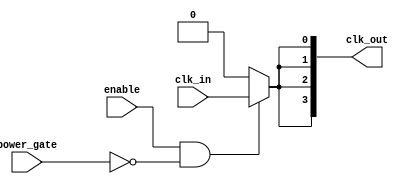
module low_power_clock_buffer (
    input wire clk_in,            // Clock input
    input wire enable,            // Enable signal for the buffer
    input wire power_gate,        // Power gating control
    output wire [N-1:0] clk_out   // Buffered clock outputs
);
    parameter N = 4;              // Number of clock outputs
    parameter STAGES = 2;         // Number of buffer stages

    // Internal signals
    wire [STAGES-1:0] clk_stage;  // Intermediate clock signals

    // Buffer stages
    genvar i;
    generate
        for (i = 0; i < STAGES; i = i + 1) begin : buffer_stage
            if (i == 0) begin
                // First stage: directly drive from input
                assign clk_stage[i] = (enable && !power_gate) ? clk_in : 1'b0;
            end else begin
                // Subsequent stages: buffer previous stage
                assign clk_stage[i] = (enable && !power_gate) ? clk_stage[i-1] : 1'b0;
            end
        end
    endgenerate

    // Output clock signals
    generate
        for (i = 0; i < N; i = i + 1) begin : output_clk
            assign clk_out[i] = clk_stage[STAGES-1]; // Drive all outputs from the last stage
        end
    endgenerate

    // Optional: Add weak pull-up and pull-down for static power reduction
    // This can be technology-specific and may require additional primitives

endmodule